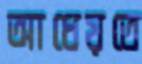
আধেয়তে